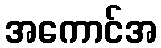
အကောင်အ